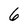
Character: 6